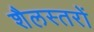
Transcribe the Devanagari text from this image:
शैलस्तरों